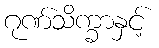
ဂုဏ်သိက္ခာနှင့်